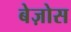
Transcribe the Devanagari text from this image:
बेज़ोस